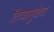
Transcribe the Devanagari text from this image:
तिच्यामुळेच